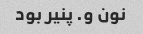
نون و. پنیر بود